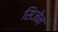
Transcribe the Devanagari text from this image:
सिजेन